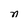
Character: n